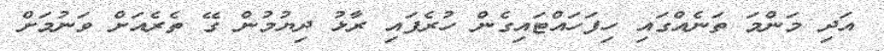
އަދި މަންމަ ތަނެއްގައި ހިފަހައްޓައިގެން ހުރެފައި ރާޅު ދިޔުމުން ގޭ ތެރެއަށް ވަނުމަށް